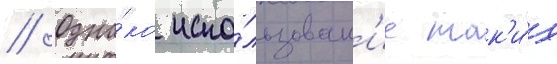
// Одна́ко испо́льзован'ие так'и́х